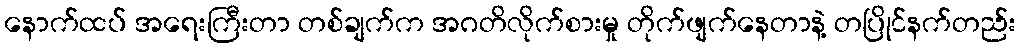
နောက်ထပ် အရေးကြီးတာ တစ်ချက်က အဂတိလိုက်စားမှု တိုက်ဖျက်နေတာနဲ့ တပြိုင်နက်တည်း